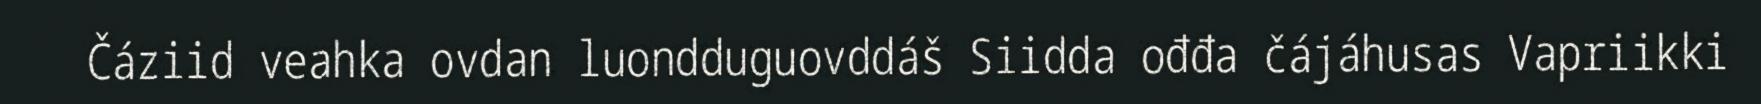
Čáziid veahka ovdan luondduguovddáš Siidda ođđa čájáhusas Vapriikki